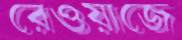
রেওয়াজে